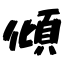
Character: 傾